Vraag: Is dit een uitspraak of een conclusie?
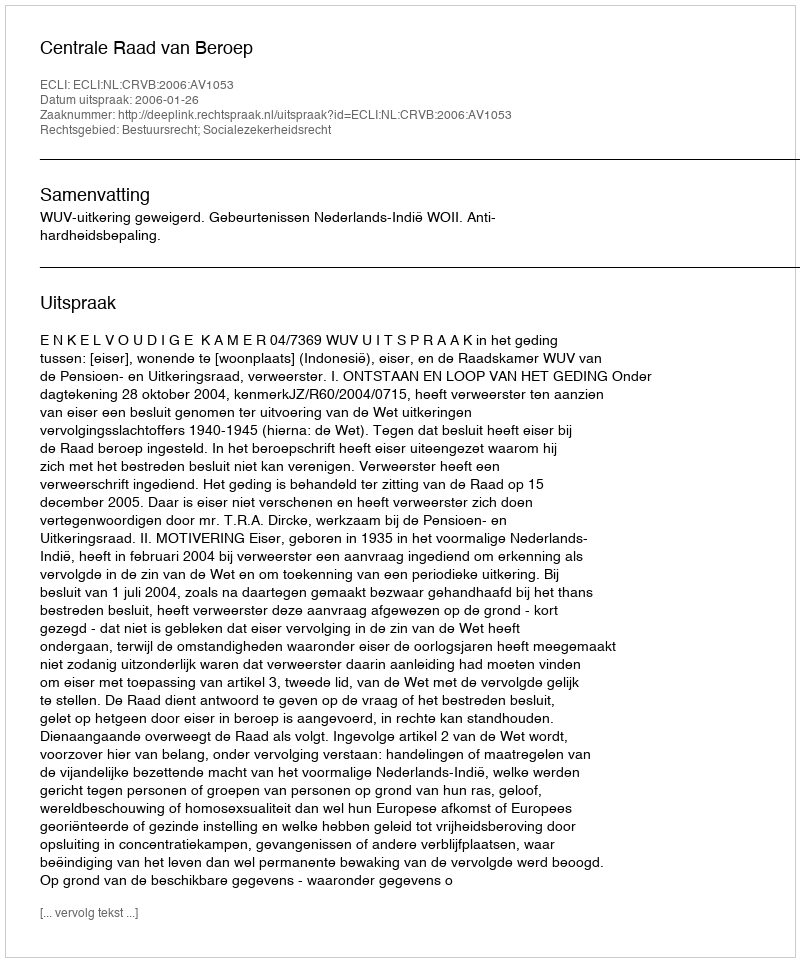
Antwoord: Uitspraak